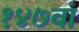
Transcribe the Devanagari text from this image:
१४७वां